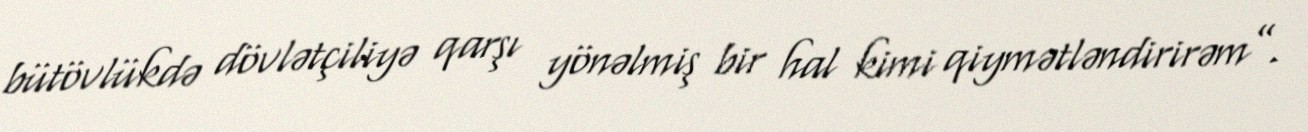
bütövlükdə dövlətçiliyə qarşı yönəlmiş bir hal kimi qiymətləndirirəm”.